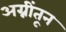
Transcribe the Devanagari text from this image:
अग्नींतून